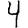
Digit: 4